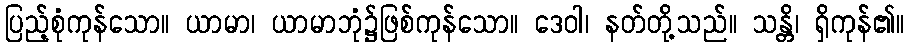
ပြည့်စုံကုန်သော။ ယာမာ၊ ယာမာဘုံ၌ဖြစ်ကုန်သော။ ဒေဝါ၊ နတ်တို့သည်။ သန္တိ၊ ရှိကုန်၏။